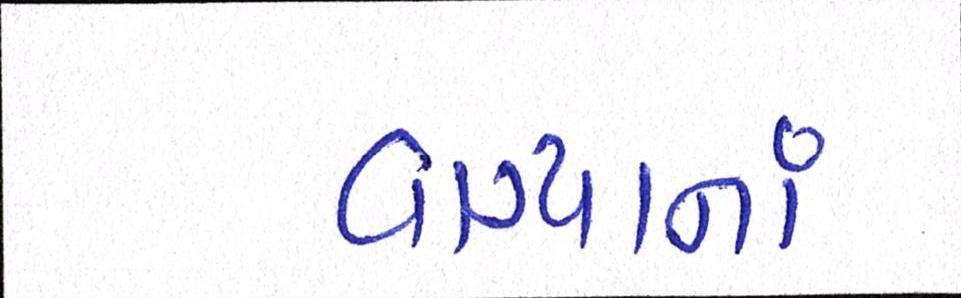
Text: વાગ્યાનાં